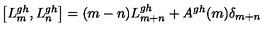
\left[ L _ { m } ^ { g h } , L _ { n } ^ { g h } \right] = ( m - n ) L _ { m + n } ^ { g h } + A ^ { g h } ( m ) \delta _ { m + n }